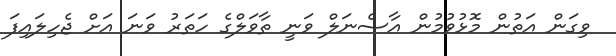
ވިގަން އަތުން މޮޅުވުމުން އާސެނަލް ވަނީ ތާވަލްގެ ހަތަރު ވަނަ އަށް ޖެހިލައިފަ